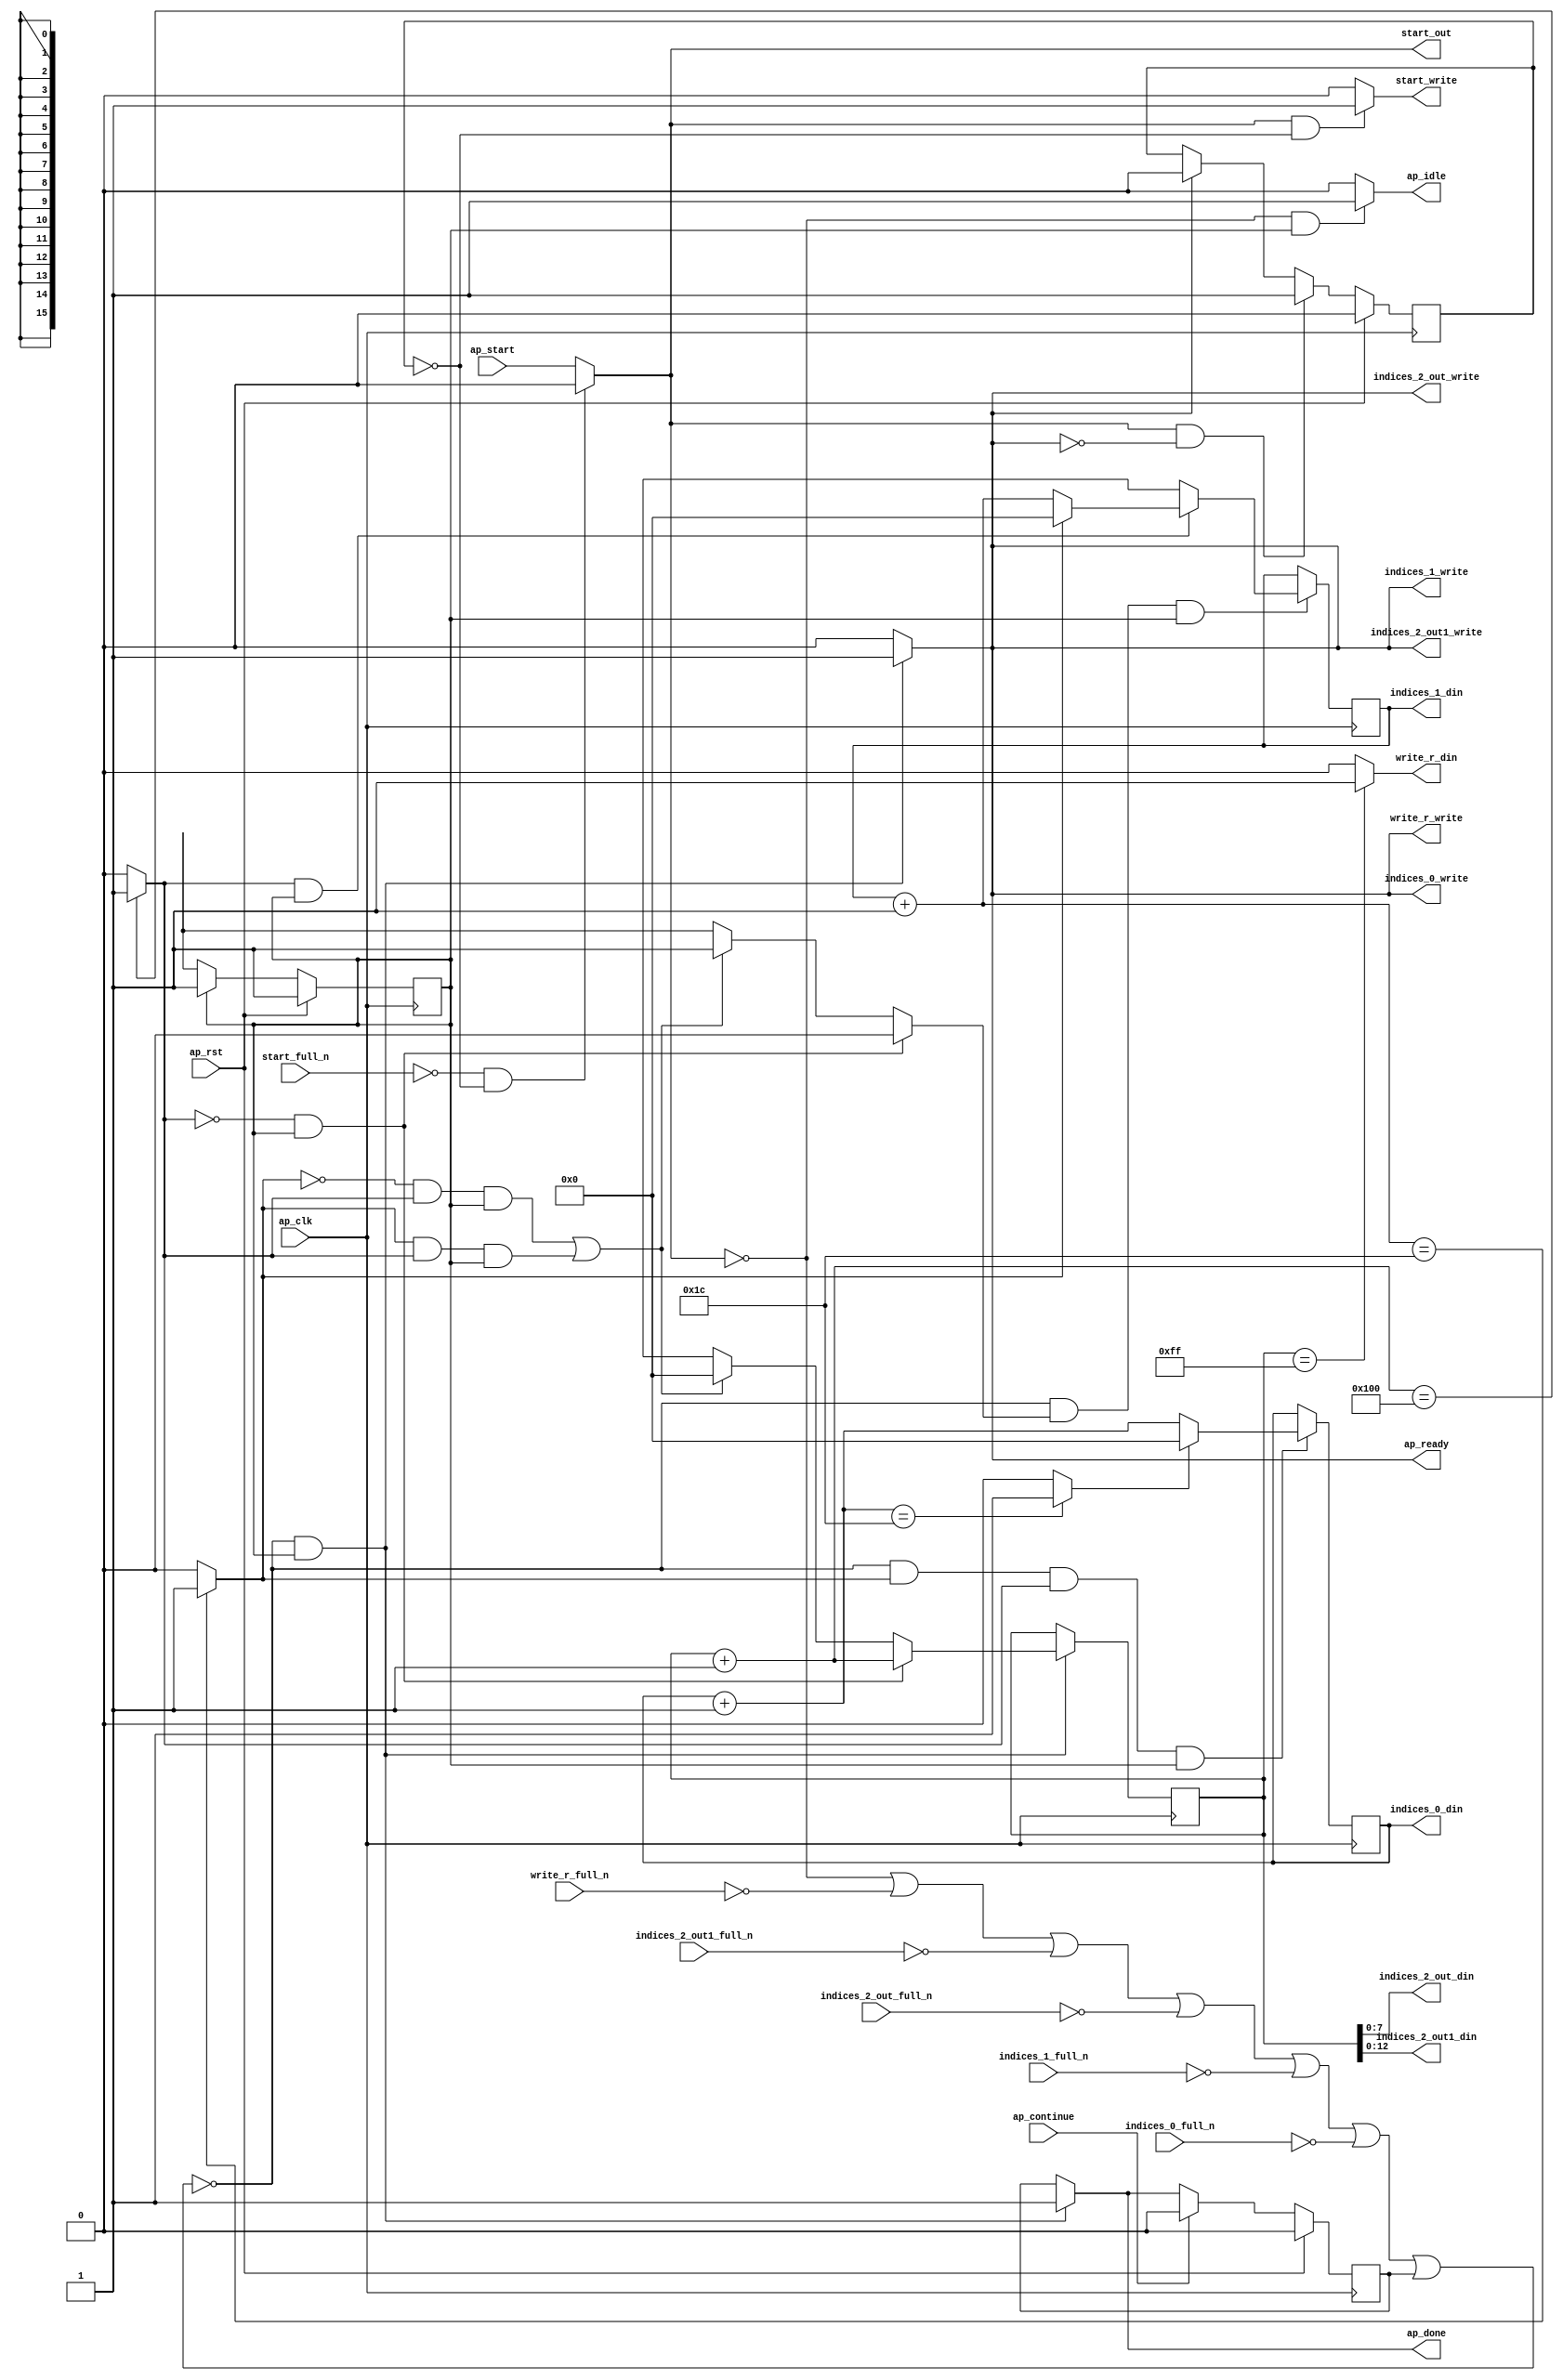
`define EXPONENT 5
`define MANTISSA 10
`define ACTUAL_MANTISSA 11
`define EXPONENT_LSB 10
`define EXPONENT_MSB 14
`define MANTISSA_LSB 0
`define MANTISSA_MSB 9
`define MANTISSA_MUL_SPLIT_LSB 3
`define MANTISSA_MUL_SPLIT_MSB 9
`define SIGN 1
`define SIGN_LOC 15
`define DWIDTH (`SIGN+`EXPONENT+`MANTISSA)
`define IEEE_COMPLIANCE 1

module td_fused_top_tdf7_get_next_ijk (
        ap_clk,
        ap_rst,
        ap_start,
        start_full_n,
        ap_done,
        ap_continue,
        ap_idle,
        ap_ready,
        start_out,
        start_write,
        indices_0_din,
        indices_0_full_n,
        indices_0_write,
        indices_1_din,
        indices_1_full_n,
        indices_1_write,
        indices_2_out_din,
        indices_2_out_full_n,
        indices_2_out_write,
        indices_2_out1_din,
        indices_2_out1_full_n,
        indices_2_out1_write,
        write_r_din,
        write_r_full_n,
        write_r_write
);

parameter    ap_ST_fsm_state1 = 1'd1;

input   ap_clk;
input   ap_rst;
input   ap_start;
input   start_full_n;
output   ap_done;
input   ap_continue;
output   ap_idle;
output   ap_ready;
output   start_out;
output   start_write;
output  [15:0] indices_0_din;
input   indices_0_full_n;
output   indices_0_write;
output  [15:0] indices_1_din;
input   indices_1_full_n;
output   indices_1_write;
output  [7:0] indices_2_out_din;
input   indices_2_out_full_n;
output   indices_2_out_write;
output  [12:0] indices_2_out1_din;
input   indices_2_out1_full_n;
output   indices_2_out1_write;
output   write_r_din;
input   write_r_full_n;
output   write_r_write;

reg ap_done;
reg ap_idle;
reg start_write;
reg indices_0_write;
reg indices_1_write;
reg indices_2_out_write;
reg indices_2_out1_write;
reg write_r_write;

reg    real_start;
reg    start_once_reg;
reg    ap_done_reg;
  reg   [0:0] ap_CS_fsm;
wire    ap_CS_fsm_state1;
reg    internal_ap_ready;
reg   [15:0] i_11;
reg   [15:0] j_11;
reg   [15:0] k_11;
reg    indices_0_blk_n;
reg    indices_1_blk_n;
reg    indices_2_out_blk_n;
reg    indices_2_out1_blk_n;
reg    write_r_blk_n;
reg   [0:0] ap_phi_mux_j_18_flag_0_i_phi_fu_92_p6;
reg    ap_block_state1;
wire   [0:0] icmp_ln188_fu_167_p2;
wire   [0:0] icmp_ln191_fu_180_p2;
reg   [15:0] ap_phi_mux_j_18_new_0_i_phi_fu_106_p6;
wire   [15:0] add_ln190_fu_173_p2;
reg   [15:0] ap_phi_mux_k_18_new_0_i_phi_fu_119_p6;
wire   [15:0] add_ln187_fu_160_p2;
wire   [15:0] select_ln194_fu_198_p3;
wire   [15:0] add_ln193_fu_186_p2;
wire   [0:0] icmp_ln194_fu_192_p2;
reg   [0:0] ap_NS_fsm;
wire    ap_ce_reg;

// power-on initialization
initial begin
#0 start_once_reg = 1'b0;
#0 ap_done_reg = 1'b0;
#0 ap_CS_fsm = 1'd1;
#0 i_11 = 16'd0;
#0 j_11 = 16'd0;
#0 k_11 = 16'd0;
end

always @ (posedge ap_clk) begin
    if (ap_rst == 1'b1) begin
        ap_CS_fsm <= ap_ST_fsm_state1;
    end else begin
        ap_CS_fsm <= ap_NS_fsm;
    end
end

always @ (posedge ap_clk) begin
    if (ap_rst == 1'b1) begin
        ap_done_reg <= 1'b0;
    end else begin
        if ((ap_continue == 1'b1)) begin
            ap_done_reg <= 1'b0;
        end else if ((~((real_start == 1'b0) | (write_r_full_n == 1'b0) | (indices_2_out1_full_n == 1'b0) | (indices_2_out_full_n == 1'b0) | (indices_1_full_n == 1'b0) | (indices_0_full_n == 1'b0) | (ap_done_reg == 1'b1)) & (1'b1 == ap_CS_fsm_state1))) begin
            ap_done_reg <= 1'b1;
        end
    end
end

always @ (posedge ap_clk) begin
    if (ap_rst == 1'b1) begin
        start_once_reg <= 1'b0;
    end else begin
        if (((real_start == 1'b1) & (internal_ap_ready == 1'b0))) begin
            start_once_reg <= 1'b1;
        end else if ((internal_ap_ready == 1'b1)) begin
            start_once_reg <= 1'b0;
        end
    end
end

always @ (posedge ap_clk) begin
    if ((~((real_start == 1'b0) | (write_r_full_n == 1'b0) | (indices_2_out1_full_n == 1'b0) | (indices_2_out_full_n == 1'b0) | (indices_1_full_n == 1'b0) | (indices_0_full_n == 1'b0) | (ap_done_reg == 1'b1)) & (icmp_ln191_fu_180_p2 == 1'd1) & (icmp_ln188_fu_167_p2 == 1'd1) & (1'b1 == ap_CS_fsm_state1))) begin
        i_11 <= select_ln194_fu_198_p3;
    end
end

always @ (posedge ap_clk) begin
    if ((~((real_start == 1'b0) | (write_r_full_n == 1'b0) | (indices_2_out1_full_n == 1'b0) | (indices_2_out_full_n == 1'b0) | (indices_1_full_n == 1'b0) | (indices_0_full_n == 1'b0) | (ap_done_reg == 1'b1)) & (ap_phi_mux_j_18_flag_0_i_phi_fu_92_p6 == 1'd1) & (1'b1 == ap_CS_fsm_state1))) begin
        j_11 <= ap_phi_mux_j_18_new_0_i_phi_fu_106_p6;
    end
end

always @ (posedge ap_clk) begin
    if ((~((real_start == 1'b0) | (write_r_full_n == 1'b0) | (indices_2_out1_full_n == 1'b0) | (indices_2_out_full_n == 1'b0) | (indices_1_full_n == 1'b0) | (indices_0_full_n == 1'b0) | (ap_done_reg == 1'b1)) & (1'b1 == ap_CS_fsm_state1))) begin
        k_11 <= ap_phi_mux_k_18_new_0_i_phi_fu_119_p6;
    end
end

always @ (*) begin
    if ((~((real_start == 1'b0) | (write_r_full_n == 1'b0) | (indices_2_out1_full_n == 1'b0) | (indices_2_out_full_n == 1'b0) | (indices_1_full_n == 1'b0) | (indices_0_full_n == 1'b0) | (ap_done_reg == 1'b1)) & (1'b1 == ap_CS_fsm_state1))) begin
        ap_done = 1'b1;
    end else begin
        ap_done = ap_done_reg;
    end
end

always @ (*) begin
    if (((real_start == 1'b0) & (1'b1 == ap_CS_fsm_state1))) begin
        ap_idle = 1'b1;
    end else begin
        ap_idle = 1'b0;
    end
end

always @ (*) begin
    if (((icmp_ln188_fu_167_p2 == 1'd0) & (1'b1 == ap_CS_fsm_state1))) begin
        ap_phi_mux_j_18_flag_0_i_phi_fu_92_p6 = 1'd0;
    end else if ((((icmp_ln191_fu_180_p2 == 1'd0) & (icmp_ln188_fu_167_p2 == 1'd1) & (1'b1 == ap_CS_fsm_state1)) | ((icmp_ln191_fu_180_p2 == 1'd1) & (icmp_ln188_fu_167_p2 == 1'd1) & (1'b1 == ap_CS_fsm_state1)))) begin
        ap_phi_mux_j_18_flag_0_i_phi_fu_92_p6 = 1'd1;
    end else begin
        ap_phi_mux_j_18_flag_0_i_phi_fu_92_p6 = 'bx;
    end
end

always @ (*) begin
    if (((icmp_ln188_fu_167_p2 == 1'd1) & (1'b1 == ap_CS_fsm_state1))) begin
        if ((icmp_ln191_fu_180_p2 == 1'd0)) begin
            ap_phi_mux_j_18_new_0_i_phi_fu_106_p6 = add_ln190_fu_173_p2;
        end else if ((icmp_ln191_fu_180_p2 == 1'd1)) begin
            ap_phi_mux_j_18_new_0_i_phi_fu_106_p6 = 16'd0;
        end else begin
            ap_phi_mux_j_18_new_0_i_phi_fu_106_p6 = 'bx;
        end
    end else begin
        ap_phi_mux_j_18_new_0_i_phi_fu_106_p6 = 'bx;
    end
end

always @ (*) begin
    if (((icmp_ln188_fu_167_p2 == 1'd0) & (1'b1 == ap_CS_fsm_state1))) begin
        ap_phi_mux_k_18_new_0_i_phi_fu_119_p6 = add_ln187_fu_160_p2;
    end else if ((((icmp_ln191_fu_180_p2 == 1'd0) & (icmp_ln188_fu_167_p2 == 1'd1) & (1'b1 == ap_CS_fsm_state1)) | ((icmp_ln191_fu_180_p2 == 1'd1) & (icmp_ln188_fu_167_p2 == 1'd1) & (1'b1 == ap_CS_fsm_state1)))) begin
        ap_phi_mux_k_18_new_0_i_phi_fu_119_p6 = 16'd0;
    end else begin
        ap_phi_mux_k_18_new_0_i_phi_fu_119_p6 = 'bx;
    end
end

always @ (*) begin
    if ((~((real_start == 1'b0) | (ap_done_reg == 1'b1)) & (1'b1 == ap_CS_fsm_state1))) begin
        indices_0_blk_n = indices_0_full_n;
    end else begin
        indices_0_blk_n = 1'b1;
    end
end

always @ (*) begin
    if ((~((real_start == 1'b0) | (write_r_full_n == 1'b0) | (indices_2_out1_full_n == 1'b0) | (indices_2_out_full_n == 1'b0) | (indices_1_full_n == 1'b0) | (indices_0_full_n == 1'b0) | (ap_done_reg == 1'b1)) & (1'b1 == ap_CS_fsm_state1))) begin
        indices_0_write = 1'b1;
    end else begin
        indices_0_write = 1'b0;
    end
end

always @ (*) begin
    if ((~((real_start == 1'b0) | (ap_done_reg == 1'b1)) & (1'b1 == ap_CS_fsm_state1))) begin
        indices_1_blk_n = indices_1_full_n;
    end else begin
        indices_1_blk_n = 1'b1;
    end
end

always @ (*) begin
    if ((~((real_start == 1'b0) | (write_r_full_n == 1'b0) | (indices_2_out1_full_n == 1'b0) | (indices_2_out_full_n == 1'b0) | (indices_1_full_n == 1'b0) | (indices_0_full_n == 1'b0) | (ap_done_reg == 1'b1)) & (1'b1 == ap_CS_fsm_state1))) begin
        indices_1_write = 1'b1;
    end else begin
        indices_1_write = 1'b0;
    end
end

always @ (*) begin
    if ((~((real_start == 1'b0) | (ap_done_reg == 1'b1)) & (1'b1 == ap_CS_fsm_state1))) begin
        indices_2_out1_blk_n = indices_2_out1_full_n;
    end else begin
        indices_2_out1_blk_n = 1'b1;
    end
end

always @ (*) begin
    if ((~((real_start == 1'b0) | (write_r_full_n == 1'b0) | (indices_2_out1_full_n == 1'b0) | (indices_2_out_full_n == 1'b0) | (indices_1_full_n == 1'b0) | (indices_0_full_n == 1'b0) | (ap_done_reg == 1'b1)) & (1'b1 == ap_CS_fsm_state1))) begin
        indices_2_out1_write = 1'b1;
    end else begin
        indices_2_out1_write = 1'b0;
    end
end

always @ (*) begin
    if ((~((real_start == 1'b0) | (ap_done_reg == 1'b1)) & (1'b1 == ap_CS_fsm_state1))) begin
        indices_2_out_blk_n = indices_2_out_full_n;
    end else begin
        indices_2_out_blk_n = 1'b1;
    end
end

always @ (*) begin
    if ((~((real_start == 1'b0) | (write_r_full_n == 1'b0) | (indices_2_out1_full_n == 1'b0) | (indices_2_out_full_n == 1'b0) | (indices_1_full_n == 1'b0) | (indices_0_full_n == 1'b0) | (ap_done_reg == 1'b1)) & (1'b1 == ap_CS_fsm_state1))) begin
        indices_2_out_write = 1'b1;
    end else begin
        indices_2_out_write = 1'b0;
    end
end

always @ (*) begin
    if ((~((real_start == 1'b0) | (write_r_full_n == 1'b0) | (indices_2_out1_full_n == 1'b0) | (indices_2_out_full_n == 1'b0) | (indices_1_full_n == 1'b0) | (indices_0_full_n == 1'b0) | (ap_done_reg == 1'b1)) & (1'b1 == ap_CS_fsm_state1))) begin
        internal_ap_ready = 1'b1;
    end else begin
        internal_ap_ready = 1'b0;
    end
end

always @ (*) begin
    if (((start_full_n == 1'b0) & (start_once_reg == 1'b0))) begin
        real_start = 1'b0;
    end else begin
        real_start = ap_start;
    end
end

always @ (*) begin
    if (((real_start == 1'b1) & (start_once_reg == 1'b0))) begin
        start_write = 1'b1;
    end else begin
        start_write = 1'b0;
    end
end

always @ (*) begin
    if ((~((real_start == 1'b0) | (ap_done_reg == 1'b1)) & (1'b1 == ap_CS_fsm_state1))) begin
        write_r_blk_n = write_r_full_n;
    end else begin
        write_r_blk_n = 1'b1;
    end
end

always @ (*) begin
    if ((~((real_start == 1'b0) | (write_r_full_n == 1'b0) | (indices_2_out1_full_n == 1'b0) | (indices_2_out_full_n == 1'b0) | (indices_1_full_n == 1'b0) | (indices_0_full_n == 1'b0) | (ap_done_reg == 1'b1)) & (1'b1 == ap_CS_fsm_state1))) begin
        write_r_write = 1'b1;
    end else begin
        write_r_write = 1'b0;
    end
end

always @ (*) begin
    case (ap_CS_fsm)
        ap_ST_fsm_state1 : begin
            ap_NS_fsm = ap_ST_fsm_state1;
        end
        default : begin
            ap_NS_fsm = 'bx;
        end
    endcase
end

assign add_ln187_fu_160_p2 = (k_11 + 16'd1);

assign add_ln190_fu_173_p2 = (j_11 + 16'd1);

assign add_ln193_fu_186_p2 = (i_11 + 16'd1);

assign ap_CS_fsm_state1 = ap_CS_fsm[32'd0];

always @ (*) begin
    ap_block_state1 = ((real_start == 1'b0) | (write_r_full_n == 1'b0) | (indices_2_out1_full_n == 1'b0) | (indices_2_out_full_n == 1'b0) | (indices_1_full_n == 1'b0) | (indices_0_full_n == 1'b0) | (ap_done_reg == 1'b1));
end

assign ap_ready = internal_ap_ready;

assign icmp_ln188_fu_167_p2 = ((add_ln187_fu_160_p2 == 16'd256) ? 1'b1 : 1'b0);

assign icmp_ln191_fu_180_p2 = ((add_ln190_fu_173_p2 == 16'd28) ? 1'b1 : 1'b0);

assign icmp_ln194_fu_192_p2 = ((add_ln193_fu_186_p2 == 16'd28) ? 1'b1 : 1'b0);

assign indices_0_din = i_11;

assign indices_1_din = j_11;

assign indices_2_out1_din = k_11[12:0];

assign indices_2_out_din = k_11[7:0];

assign select_ln194_fu_198_p3 = ((icmp_ln194_fu_192_p2[0:0] == 1'b1) ? 16'd0 : add_ln193_fu_186_p2);

assign start_out = real_start;

assign write_r_din = ((k_11 == 16'd255) ? 1'b1 : 1'b0);

endmodule //td_fused_top_tdf7_get_next_ijk